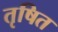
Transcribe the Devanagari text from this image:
तृषित